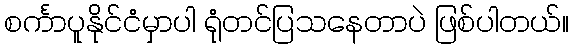
စင်္ကာပူနိုင်ငံမှာပါ ရုံတင်ပြသနေတာပဲ ဖြစ်ပါတယ်။